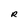
Character: R